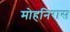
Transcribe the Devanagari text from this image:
मोहनिरास